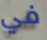
في